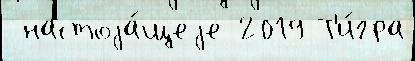
 настоjа́щеjе 2019 Т'и́гра